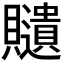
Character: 𧸽